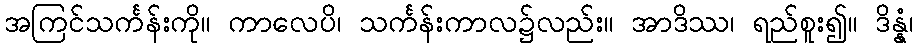
အကြင်သင်္ကန်းကို။ ကာလေပိ၊ သင်္ကန်းကာလ၌လည်း။ အာဒိဿ၊ ရည်စူး၍။ ဒိန္နံ၊